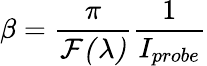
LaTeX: \beta=\frac{\pi}{\mathcal{F(\lambda)}}\frac{1}{I_{probe}}